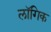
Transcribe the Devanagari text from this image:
लॉगिक